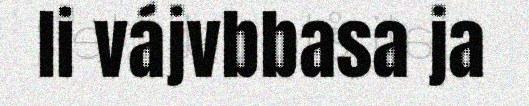
li vájvbbasa ja